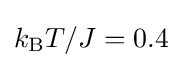
k_{\rm {B}}T/J=0.4